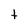
Character: t